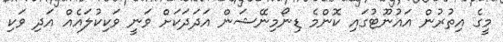
މީގެ އިތުރުން އައުނޫޓުގައި ކޮންމެ ޑިނޯމިނޭޝަން އަދަދަކަށް ވަނީ ވަކިކުލައެއް އަދި ވަކި